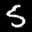
Label: 5